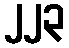
၂၂၃